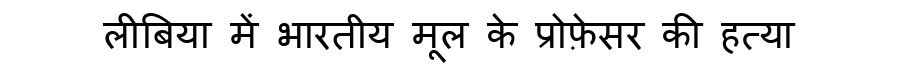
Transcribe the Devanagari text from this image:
लीबिया में भारतीय मूल के प्रोफ़ेसर की हत्या